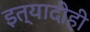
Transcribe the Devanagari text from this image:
इत्यादीही